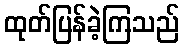
ထုတ်ပြန်ခဲ့ကြသည်